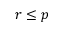
r \leq p